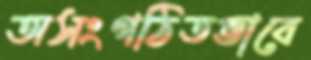
অসংগঠিতভাবে